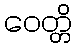
ဝေတ္တိ